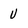
Character: U